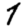
Digit: 7